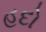
હદો